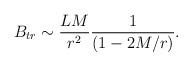
LaTeX: \begin{align*}B_{tr}\sim \frac{LM}{r^2}\frac{1}{(1-2M/r)}.\end{align*}